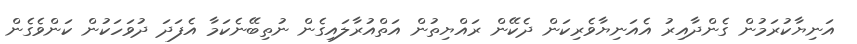
އަނިޔާކުރަމުން ގެންދާއިރު އެއަނިޔާވެރިކަން ދެކޭން ރައްޔިތުން އަތްއުރާލައިގެން ނުތިބޭނެކަމާ އެފަދަ ދުވަހަކުން ކަންވެގެން